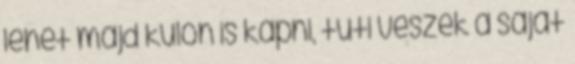
lehet majd külön is kapni, tuti veszek a saját